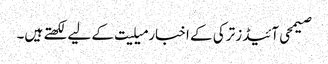
صیمحی آئیڈز ترکی کے اخبار میلیت کے لیے لکھتے ہیں۔